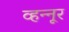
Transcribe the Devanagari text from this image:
व्हन्‍नूर